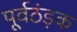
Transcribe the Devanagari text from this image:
पूर्वठंड़क